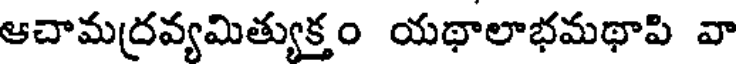
ఆచామద్రవ్యమిత్యుక్తం యథాలాభమథాపి వా